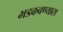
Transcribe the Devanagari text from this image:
भडकवण्यास